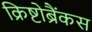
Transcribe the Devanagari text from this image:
क्रिष्टोब्रैंकस